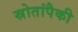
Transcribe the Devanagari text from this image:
स्रोतांपैकी